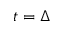
t = \Delta